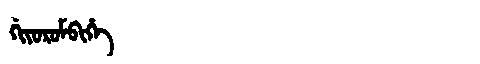
Manchu: ᡤᡳᠶᠣᡵᠣᠮᠪᡳᡥᡝ
Romanization: GIYOROMBIHE